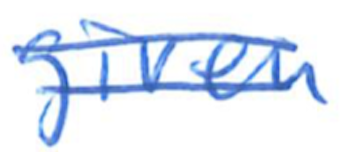
Text: given
Cross-out: double-line
Writing tool: ballpoint